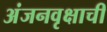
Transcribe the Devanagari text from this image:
अंजनवृक्षाची